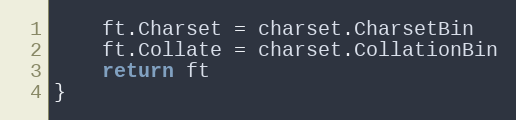
Language: Go
	ft.Charset = charset.CharsetBin
	ft.Collate = charset.CollationBin
	return ft
}